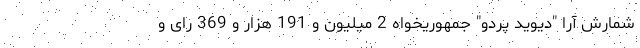
شمارش آرا "دیوید پردو" جمهوریخواه 2 میلیون و 191 هزار و 369 رای و